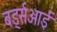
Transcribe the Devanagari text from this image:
बर्ड्सआई